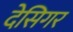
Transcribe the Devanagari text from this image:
देसिगर